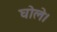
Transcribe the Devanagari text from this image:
घोले।